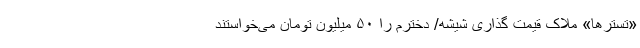
«تسترها» ملاک قیمت ‌گذاری شیشه/ دخترم را ۵۰ میلیون تومان می‌خواستند